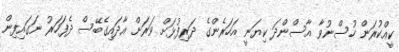
ކީއްކުރަން ހުސްނުވާ އާސްންދަ ކިޔަނީ އަހަރެންގެ ދަރިފުޅަށް ވަރަށް އާދައިގެބޭސް ދެފަހަރު ނަގައިފިން